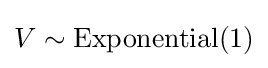
V\sim {\textrm {Exponential}}(1)